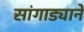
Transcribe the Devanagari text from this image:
सांगाड्याने